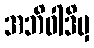
အဘိဝါဒိမှ